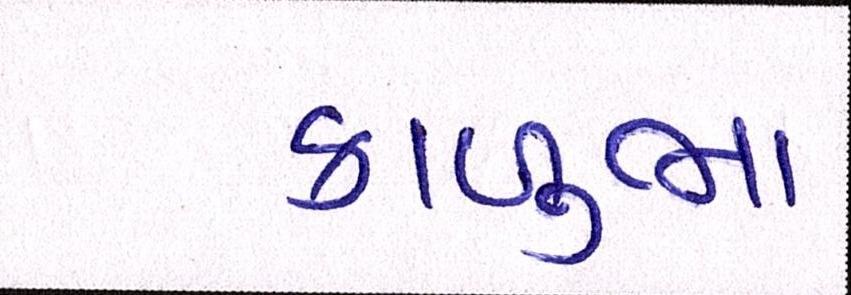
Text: કાળુભા